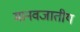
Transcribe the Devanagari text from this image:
मानवजातीय